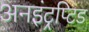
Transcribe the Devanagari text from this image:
अनइंट्रप्टि़ड